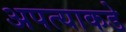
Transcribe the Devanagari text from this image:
अपत्याकडे